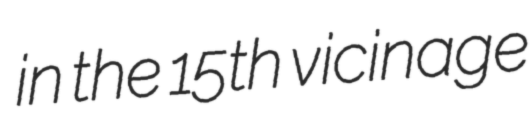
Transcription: in the 15th vicinage